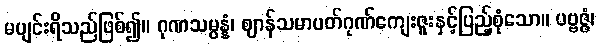
မပျင်းရိသည်ဖြစ်၍။ ဂုဏသမ္ပန္နံ၊ ဈာန်သမာပတ်ဂုဏ်ကျေးဇူးနှင့်ပြည့်စုံသော။ ပဗ္ဗဇ္ဇံ၊